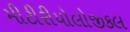
મીટીરીયોલોજીકલ